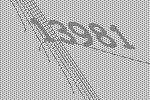
13981